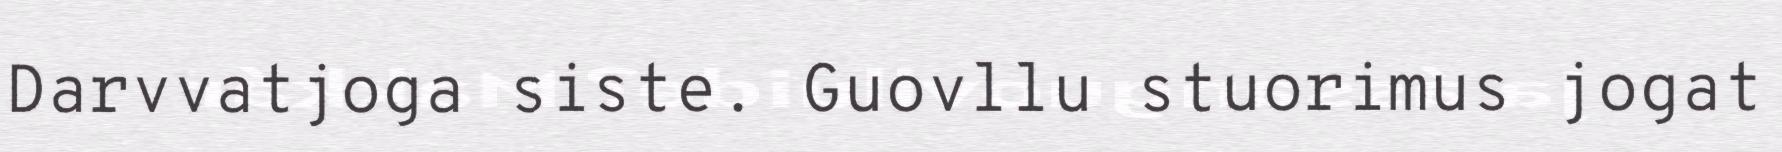
Darvvatjoga siste. Guovllu stuorimus jogat